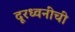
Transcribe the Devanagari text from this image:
दूरध्वनींची